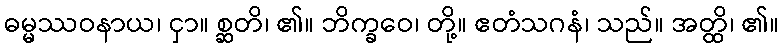
ဓမ္မဿဝနာယ၊ ငှာ။ စ္ဆတိ၊ ၏။ ဘိက္ခဝေ၊ တို့။ ဧတံသဂနံ၊ သည်။ အတ္ထိ၊ ၏။